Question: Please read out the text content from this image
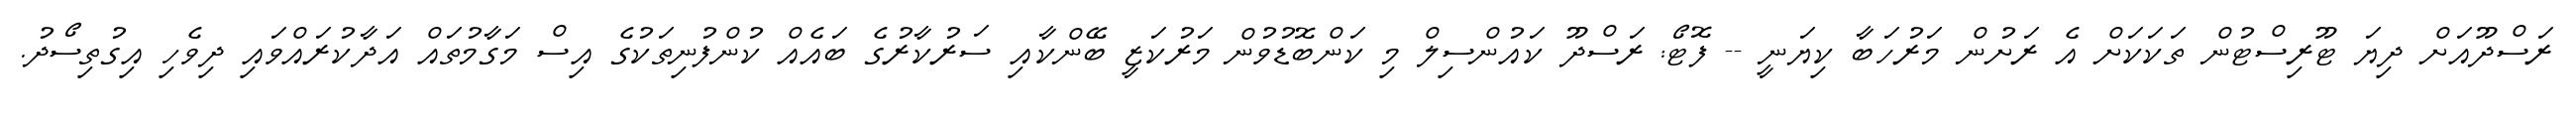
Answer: ރަސްދޫއަށް ދިޔަ ޓޫރިސްޓުން ތަކަކަށް އެ ރަށުން މަރުހަބާ ކިޔަނީ -- ފޮޓޯ: ރަސްދޫ ކައުންސިލް މި ކަންބޮޑުވުން މަރުކަޒީ ބޭންކާއި ސަރުކާރުގެ ބައެއް ކުންފުނިތަކުގެ އިސް މަގާމުތައް އަދާކުރައްވައި ދިވެހި އިގުތިސޯދު.